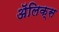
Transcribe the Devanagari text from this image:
ॲलिक्स